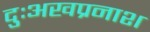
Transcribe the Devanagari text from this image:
दुःअखप्रनाश